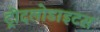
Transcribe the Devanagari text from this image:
ट्रोदलोडाइटस